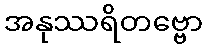
အနုဿရိတဗ္ဗော